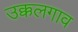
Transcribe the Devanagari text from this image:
उक्कलगाव